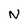
Character: N